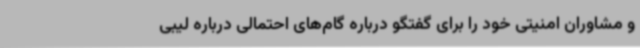
و مشاوران امنیتی خود را برای گفتگو درباره گام‌های احتمالی درباره لیبی